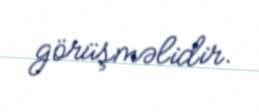
görüşməlidir.